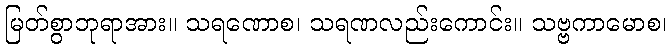
မြတ်စွာဘုရာအား။ သရဏောစ၊ သရဏလည်းကောင်း။ သဗ္ဗကာမောစ၊